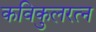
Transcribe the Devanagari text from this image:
कविकुलरत्न